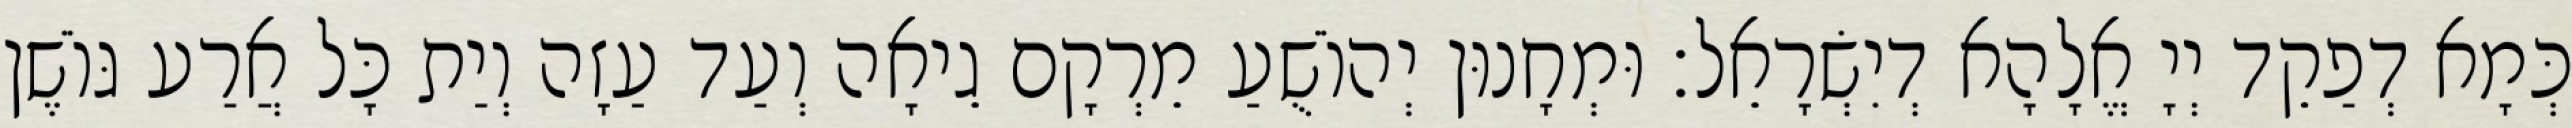
כְּמָא דְפַקֵד יְיָ אֱלָהָא דְיִשְׂרָאֵל׃ וּמְחָנוּן יְהוֹשֻׁעַ מֵרְקָם גֵיאָה וְעַד עַזָה וְיַת כָּל אֲרַע גּוֹשֶׁן